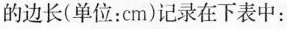
的边长(单位：cm)记录在下表中：